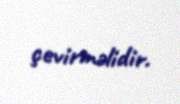
çevirməlidir.